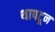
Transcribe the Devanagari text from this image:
थापटून